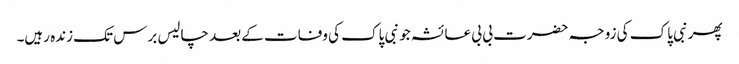
پھر نبی پاک کی زوجہ حضرت بی بی عائشہ جو نبی پاک کی وفات کے بعد چالیس برس تک زندہ رہیں۔